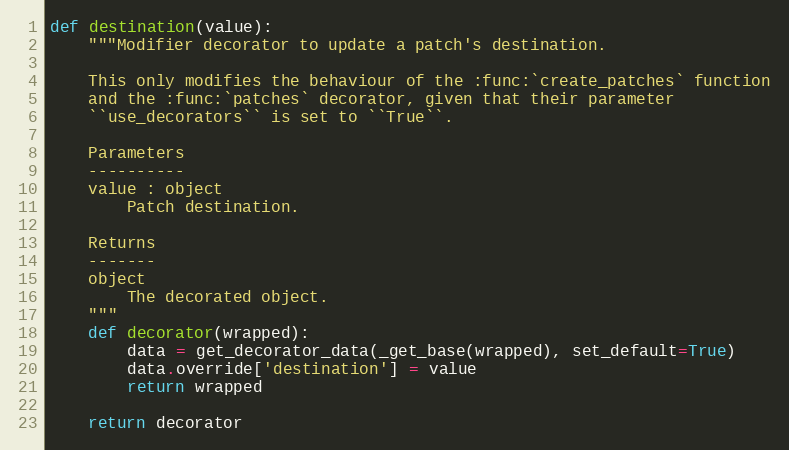
Language: Python
def destination(value):
    """Modifier decorator to update a patch's destination.

    This only modifies the behaviour of the :func:`create_patches` function
    and the :func:`patches` decorator, given that their parameter
    ``use_decorators`` is set to ``True``.

    Parameters
    ----------
    value : object
        Patch destination.

    Returns
    -------
    object
        The decorated object.
    """
    def decorator(wrapped):
        data = get_decorator_data(_get_base(wrapped), set_default=True)
        data.override['destination'] = value
        return wrapped

    return decorator